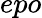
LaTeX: epo